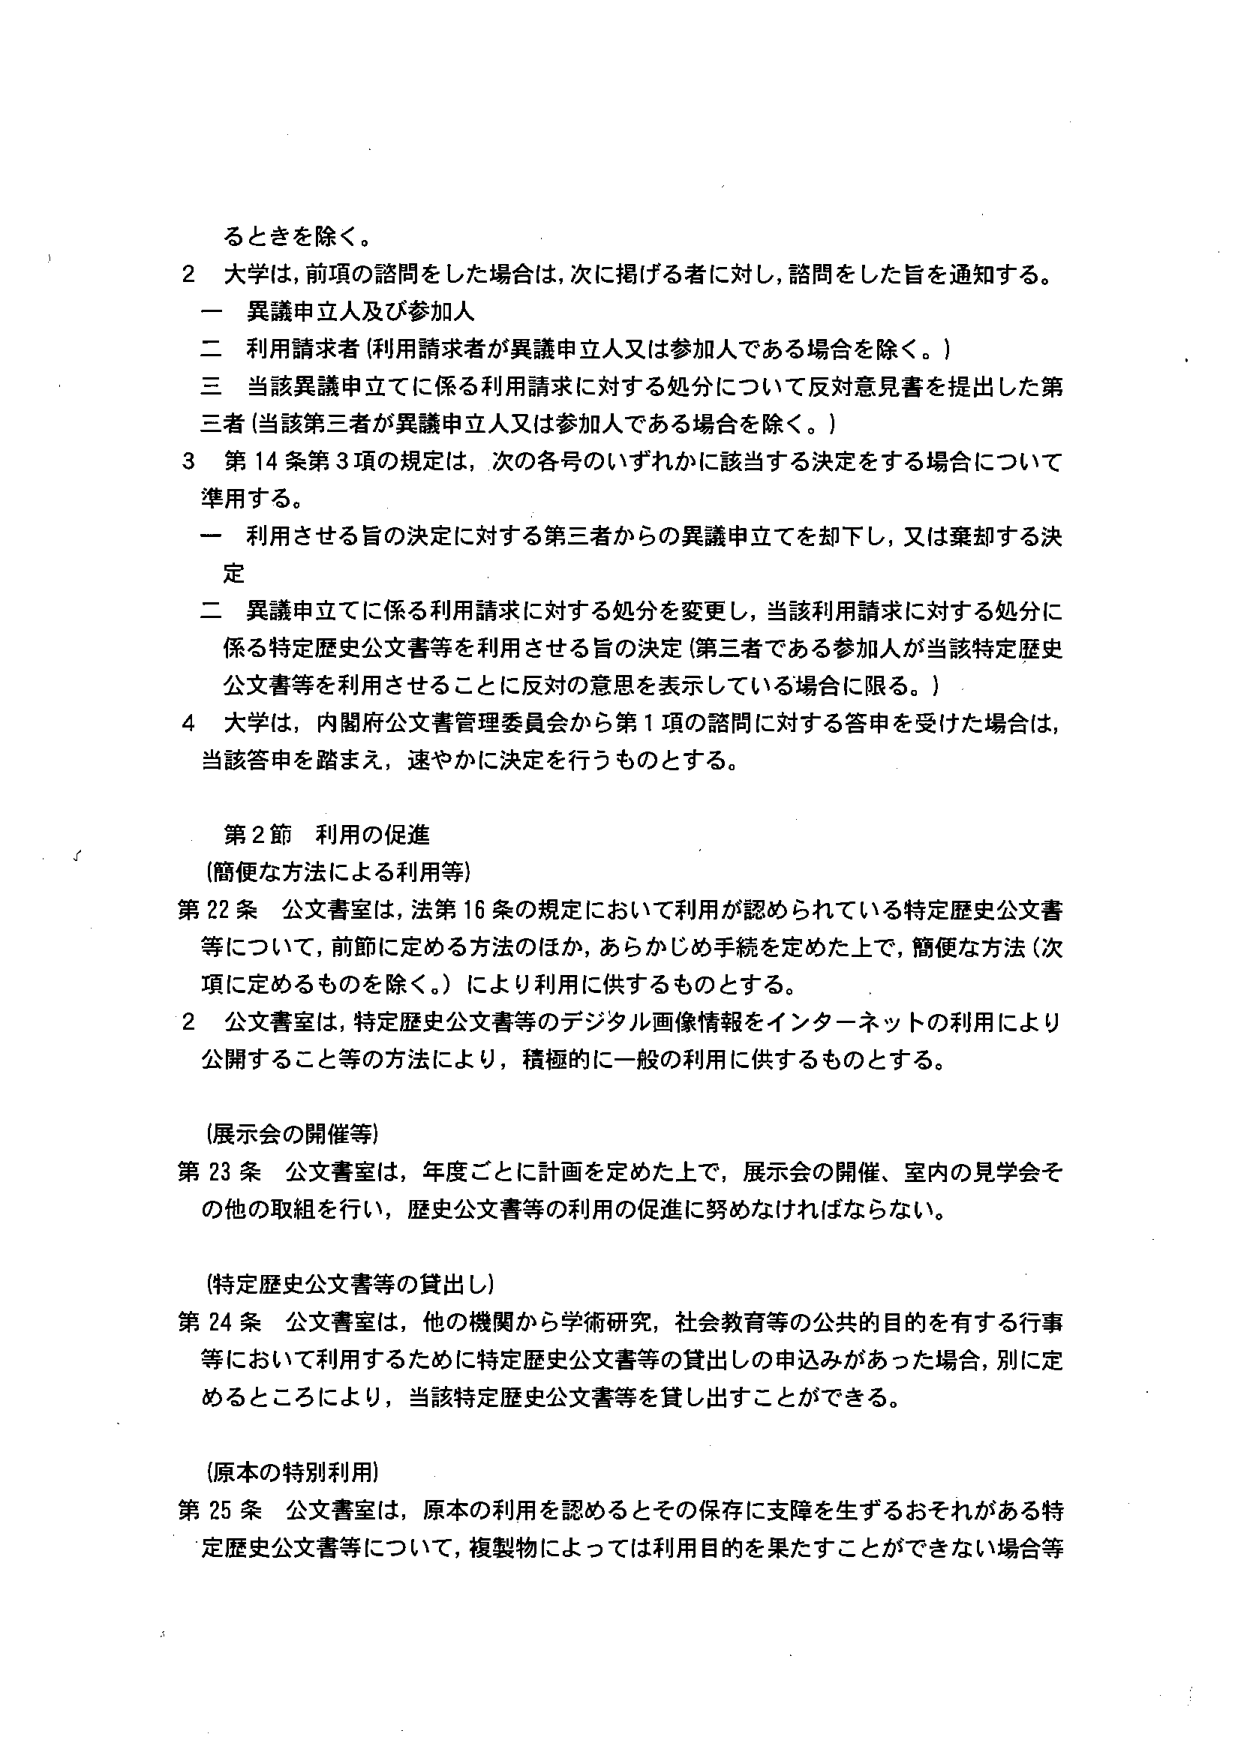
るときを除く。

2 大学は、前項の諮問をした場合は、次に掲げる者に対し、諮問をした旨を通知する。
一 異議申立人及び参加人
二 利用請求者（利用請求者が異議申立人又は参加人である場合を除く。）
三 当該異議申立てに係る利用請求に対する処分について反対意見書を提出した第三者（当該第三者が異議申立人又は参加人である場合を除く。）

3 第14条第3項の規定は、次の各号のいずれかに該当する決定をする場合について準用する。
一 利用させる旨の決定に対する第三者からの異議申立てを却下し、又は棄却する決定
二 異議申立てに係る利用請求に対する処分を変更し、当該利用請求に対する処分に係る特定歴史公文書等を利用させる旨の決定（第三者である参加人が当該特定歴史公文書等を利用させることに反対の意思を表示している場合に限る。）

4 大学は、内閣府公文書管理委員会から第1項の諮問に対する答申を受けた場合は、当該答申を踏まえ、速やかに決定を行うものとする。

第2節 利用の促進
（簡便な方法による利用等）

第22条 公文書室は、法第16条の規定において利用が認められている特定歴史公文書等について、前節に定める方法のほか、あらかじめ手続を定めた上で、簡便な方法（次項に定めるものを除く。）により利用に供するものとする。

2 公文書室は、特定歴史公文書等のデジタル画像情報をインターネットの利用により公開すること等の方法により、積極的に一般の利用に供するものとする。

（展示会の開催等）

第23条 公文書室は、年度ごとに計画を定めた上で、展示会の開催、室内の見学会その他の取組を行い、歴史公文書等の利用の促進に努めなければならない。

（特定歴史公文書等の貸出し）

第24条 公文書室は、他の機関から学術研究、社会教育等の公共的目的を有する行事等において利用するために特定歴史公文書等の貸出しの申込みがあった場合、別に定めるところにより、当該特定歴史公文書等を貸し出すことができる。

（原本の特別利用）

第25条 公文書室は、原本の利用を認めるとその保存に支障を生ずるおそれがある特定歴史公文書等について、複製物によっては利用目的を果たすことができない場合等